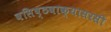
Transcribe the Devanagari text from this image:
वसिष्ठवाक्यासरसी